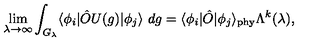
\lim _ { \lambda \rightarrow \infty } \int _ { G _ { \lambda } } \langle \phi _ { i } | \hat { O } U ( g ) | \phi _ { j } \rangle \ d g = \langle \phi _ { i } | \hat { O } | \phi _ { j } \rangle _ { \mathrm { \tiny p h y } } \Lambda ^ { k } ( \lambda ) ,